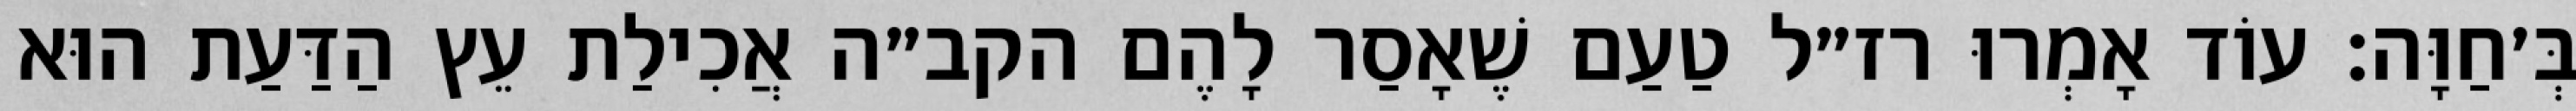
בְּ׳חַוָּה: עוֹד אָמְרוּ רז״ל טַעַם שֶׁאָסַר לָהֶם הקב״ה אֲכִילַת עֵץ הַדַּעַת הוּא